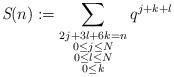
LaTeX: \begin{align*} \textit{S}(n):=\sum_{\substack{2j+3l+6k=n\\0\leq j \leq N\\ 0\leq l \leq N\\ 0\leq k}}q^{j+k+l}\end{align*}